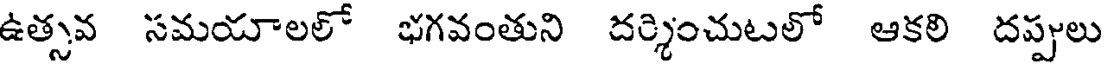
ఉత్సవ సమయాలలో భగవంతుని దర్శించుటలో ఆకలి దప్పులు